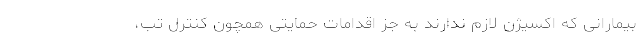
بیمارانی که اکسیژن لازم ندارند به جز اقدامات حمایتی همچون کنترل تب،